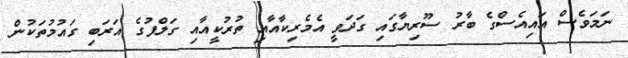
ނަމަވެސް އައިއެސްގެ ބާރު ސޫރިޔާގައި ގަދަވީ އެމެރިކާއާއި ތުރުކީއާއި ގަލްފުގެ އަރަބި ގައުމުތަކުން